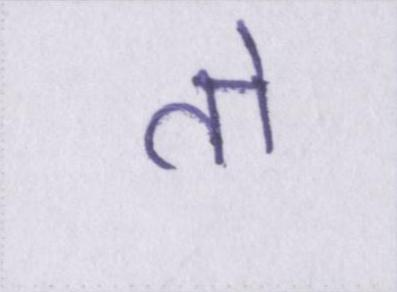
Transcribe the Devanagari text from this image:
तो